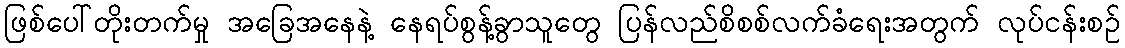
ဖြစ်ပေါ်တိုးတက်မှု အခြေအနေနဲ့ နေရပ်စွန့်ခွာသူတွေ ပြန်လည်စိစစ်လက်ခံရေးအတွက် လုပ်ငန်းစဉ်